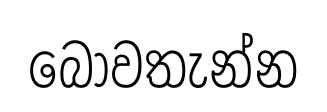
බෝවතැන්න